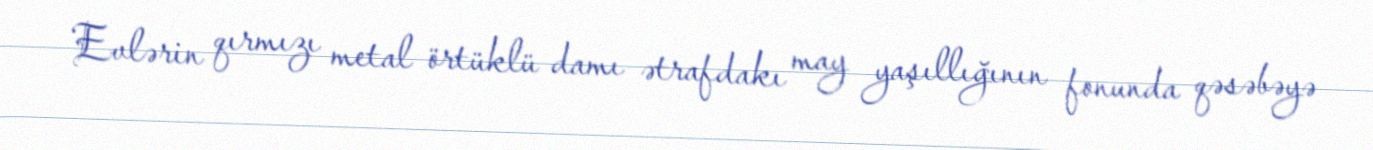
Evlərin qırmızı metal örtüklü damı ətrafdakı may yaşıllığının fonunda qəsəbəyə